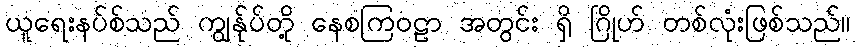
ယူရေးနပ်စ်သည် ကျွန်ုပ်တို့ နေစကြဝဠာ အတွင်း ရှိ ဂြိုဟ် တစ်လုံးဖြစ်သည်။